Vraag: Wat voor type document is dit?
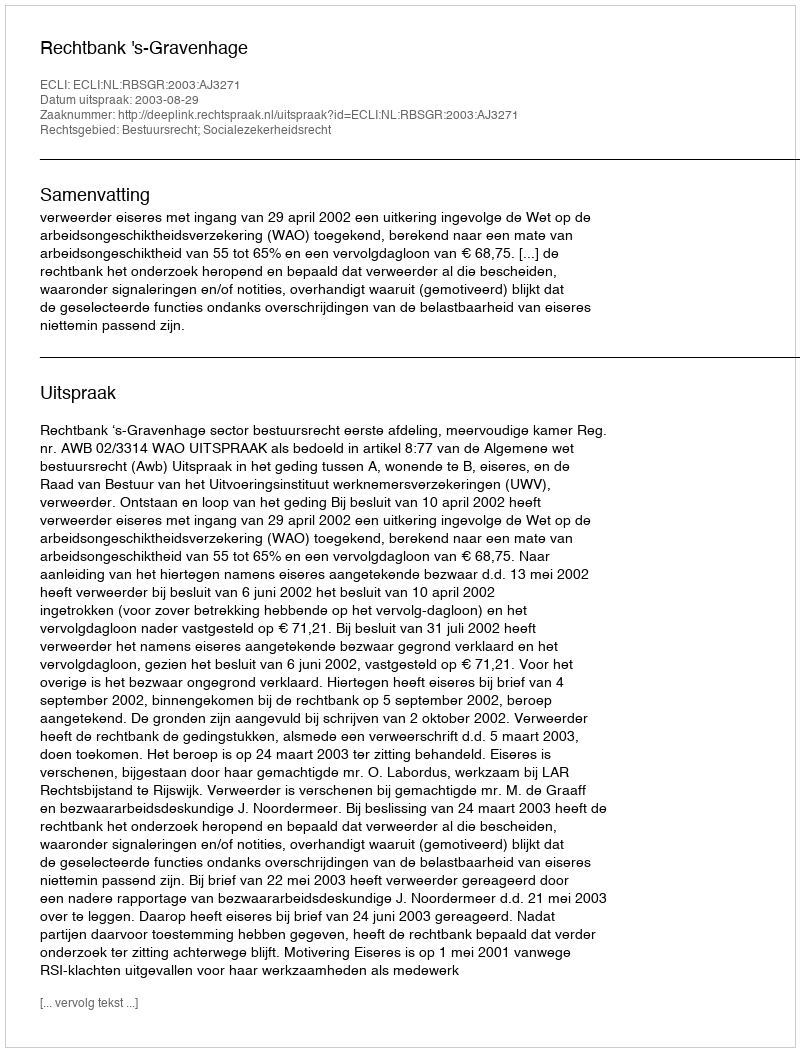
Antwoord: Uitspraak